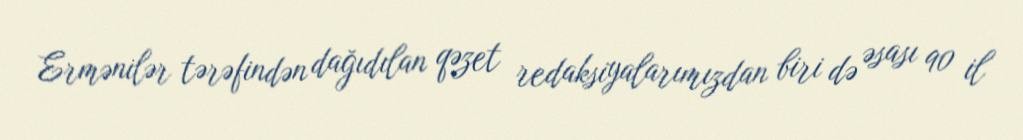
Ermənilər tərəfindən dağıdılan qəzet redaksiyalarımızdan biri də əsası 90 il